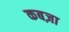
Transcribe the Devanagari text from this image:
कबज़ा